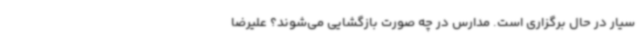
سیار در حال برگزاری است. مدارس در چه صورت بازگشایی می‌شوند؟ علیرضا